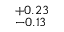
^ { + 0 . 2 3 } _ { - 0 . 1 3 }